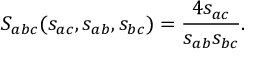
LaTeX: S _ { a b c } ( s _ { a c } , s _ { a b } , s _ { b c } ) = \frac { 4 s _ { a c } } { s _ { a b } s _ { b c } } .